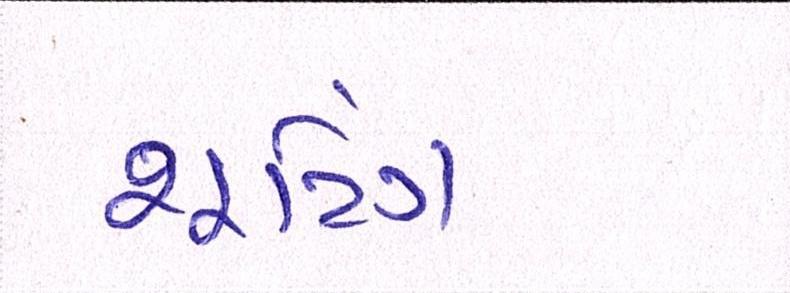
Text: શૂટિંગ